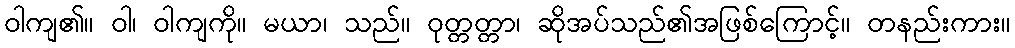
ဝါကျ၏။ ဝါ၊ ဝါကျကို။ မယာ၊ သည်။ ဝုတ္တတ္တာ၊ ဆိုအပ်သည်၏အဖြစ်ကြောင့်။ တနည်းကား။